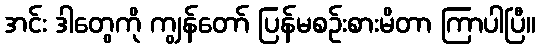
အင်း ဒါတွေကို ကျွန်တော် ပြန်မစဉ်းစားမိတာ ကြာပါပြီ။